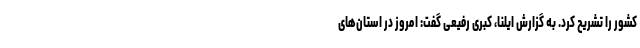
کشور را تشریح کرد. به گزارش ایلنا، کبری رفیعی گفت: امروز در استان‌های